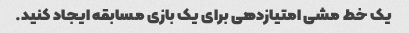
یک خط مشی امتیازدهی برای یک بازی مسابقه ایجاد کنید.